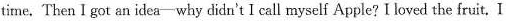
time. Then I got an idea-why didn't I call myself Apple? I loved the fruit. I